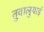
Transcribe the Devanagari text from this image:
तुवालुयाई